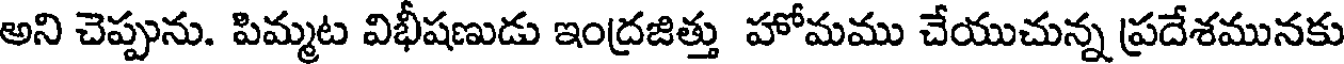
అని చెప్పును. పిమ్మట విభీషణుడు ఇంద్రజిత్తు హోమము చేయుచున్న ప్రదేశమునకు